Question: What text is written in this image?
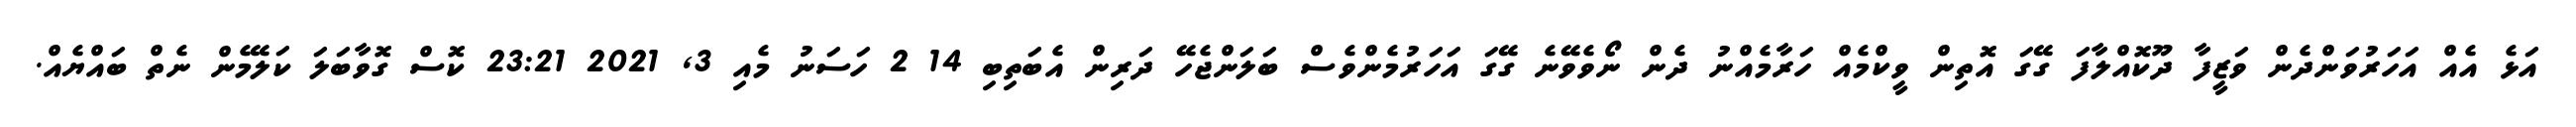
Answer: އަޅެ އެއް އަހަރުވަންދެން ވަޒީފާ ދޫކޮއްލާފަ ގޭގަ އޮތިން ވީކްމެއް ހަރާމެއްނު ދެން ނޯވެވޭނެ ގޭގަ އަހަރުމެންވެސް ބަލަންޖެހޭ ދަރިން އެބަތިބި 14 2 ހަސަނު މެއި 3, 2021 23:21 ކޮސް ގޮވާބަލަ ކަލޭމެން ނެތް ބައްޔެއް.